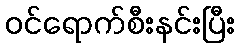
ဝင်ရောက်စီးနင်းပြီး